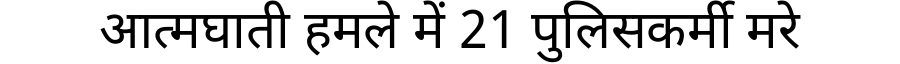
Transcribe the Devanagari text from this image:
आत्मघाती हमले में 21 पुलिसकर्मी मरे